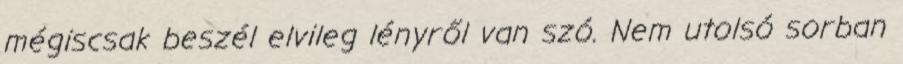
mégiscsak beszél elvileg lényről van szó. Nem utolsó sorban